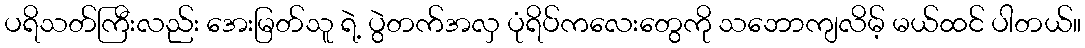
ပရိသတ်ကြီးလည်း အေးမြတ်သူ ရဲ့ ပွဲတက်အလှ ပုံရိပ်ကလေးတွေကို သဘောကျလိမ့် မယ်ထင် ပါတယ်။